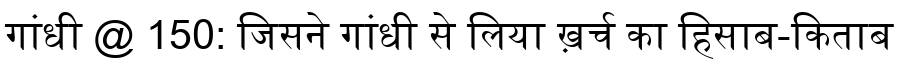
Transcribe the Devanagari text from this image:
गांधी @ 150: जिसने गांधी से लिया ख़र्च का हिसाब-किताब